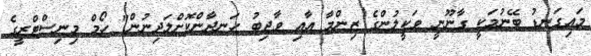
މައިގަނޑު ބޭނުމަކީ ގާނޫނީ ވަކީލުންގެ ޒިންމާ އާއި ވާޖިބު ހަނދާންކޮށްލަދިނުން" ހޯމް މިނިސްޓްރީގެ